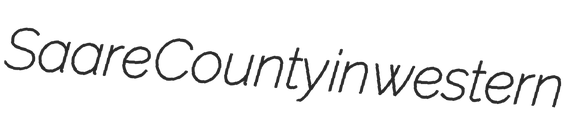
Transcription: Saare County in western